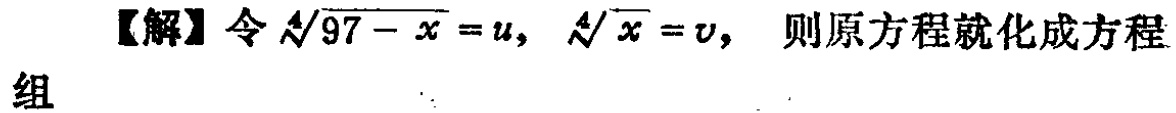
【解】令\(\sqrt[4]{97 - x}=u\)，\(\sqrt[4]{x}=v\)， 则原方程就化成方程组